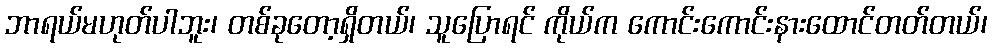
ဘာရယ်မဟုတ်ပါဘူး၊ တစ်ခုတော့ရှိတယ်၊ သူပြောရင် ကိုယ်က ကောင်းကောင်းနားထောင်တတ်တယ်၊